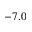
- 7 . 0